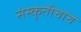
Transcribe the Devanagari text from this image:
संस्कृतीचाच